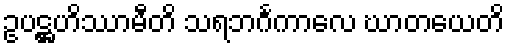
ဥပဋ္ဌဟိဿာမီတိ သရဘင်္ဂကာလေ ဃာတယေတိ